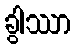
ခွါဿာ